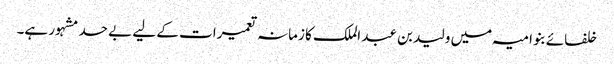
خلفائے بنو امیہ میں ولید بن عبد الملک کا زمانہ تعمیرات کے لیے بے حد مشہور ہے۔